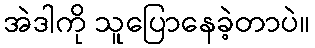
အဲဒါကို သူပြောနေခဲ့တာပဲ။